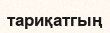
тариқатгың